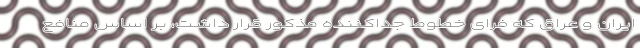
ایران و عراق که فرای خطوط جداکننده مذکور قرار داشت، بر اساس منافع